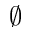
\varnothing